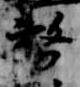
務